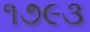
૧૭૯૩